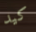
كيد